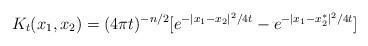
LaTeX: \begin{align*} K_t(x_1, x_2) = (4\pi t)^{-n/2}[e^{-|x_1 - x_2|^2/4t} - e^{-|x_1 - x_2^*|^2/4t}]\end{align*}